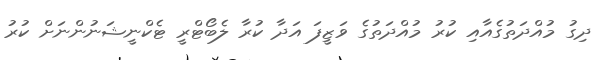
ދިގު މުއްދަތުގެއާއި ކުރު މުއްދަތުގެ ވަޒީފަ އަދާ ކުރާ ލެބޯޓްރީ ޓެކްނީޝަނުންނަށް ކުރު